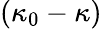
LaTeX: (\kappa_{0}-\kappa)